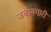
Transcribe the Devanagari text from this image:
जबाबगारी